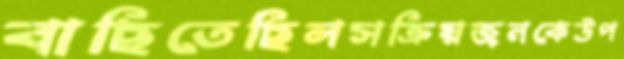
বাছিতেছিলসক্রিয়জনকেউপ